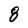
Character: 8